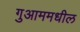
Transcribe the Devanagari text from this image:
गुआममधील